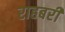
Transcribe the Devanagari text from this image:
राहबरी